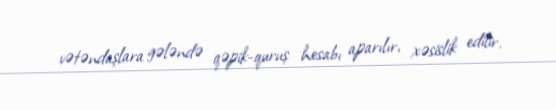
vətəndaşlara gələndə qəpik-quruş hesabı aparılır, xəsislik edilir.